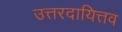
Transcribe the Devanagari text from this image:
उत्तरदायित्तव